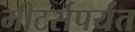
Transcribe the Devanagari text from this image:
मीटर्सपर्यंत